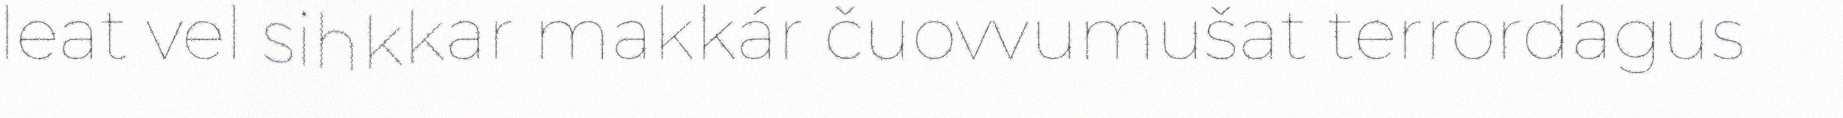
leat vel sihkkar makkár čuovvumušat terrordagus